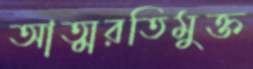
আত্মরতিমুক্ত